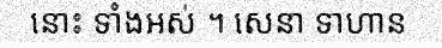
នោះ ទាំងអស់ ។ សេនា ទាហាន